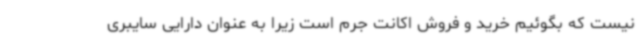
نیست که بگوئیم خرید و فروش اکانت جرم است زیرا به عنوان دارایی سایبری